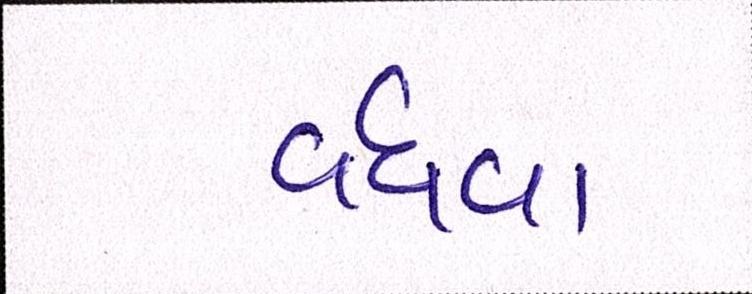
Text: વધવા